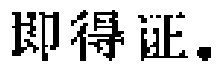
即得证。